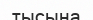
тысына